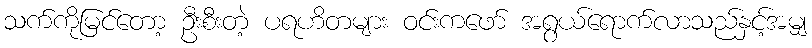
သက်ကိုမြင်တော့ ဦးစီးတဲ့ ပရဟိတများ ဝင်းကဖော် အရွယ်ရောက်လာသည်နှင့်အမျှ